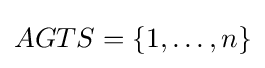
AGTS=\{1,\ldots ,n\}